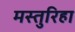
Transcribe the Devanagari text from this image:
मस्तुरिहा